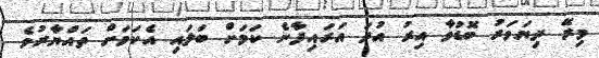
މިރޭ ދިޔަވަރު ބޮޑުވާ އިރު އުދަ އަރައިފާނެ ކަމަށް ބަލައި އެކަމަށް ތައްޔާރުވެ